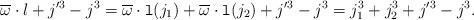
LaTeX: \begin{align*}\overline{\omega}\cdot l+j'^3-j^3=\overline{\omega}\cdot \mathtt{l}(j_1)+\overline{\omega}\cdot \mathtt{l}(j_2)+j'^3-j^3=j_1^3+j_2^3+j'^3-j^3.\end{align*}